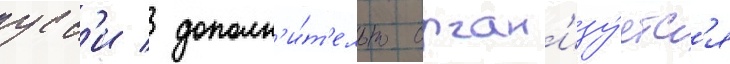
усс'и / дополн'и́т'ельно орган'изу́етс'я